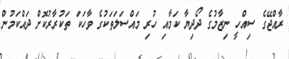
ރާއްޖޭގެ ސިއްހީ ނިޒާމުގެ ދޯދިޔާ ކަމާއި ހުރި މައްސަލަތަކުގެ ވާހަކަ ތަކުރާރުކޮށް ދައްކަމުން